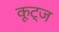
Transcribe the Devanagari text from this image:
कूट्ज